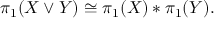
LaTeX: \pi _ { 1 } ( X \vee Y ) \cong \pi _ { 1 } ( X ) * \pi _ { 1 } ( Y ) .